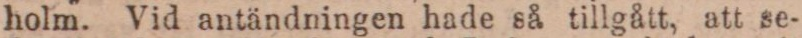
holm. Vid antändningen hade så tillgått, att se-